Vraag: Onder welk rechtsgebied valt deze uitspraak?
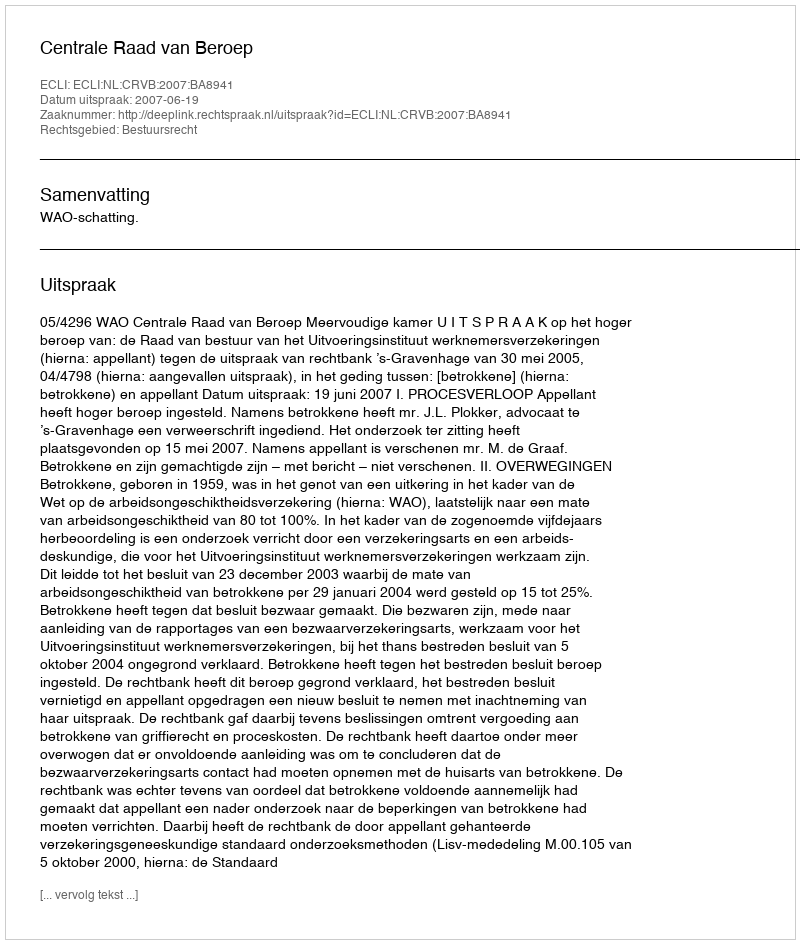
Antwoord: Bestuursrecht